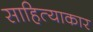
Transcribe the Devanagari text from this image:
साहित्याकार